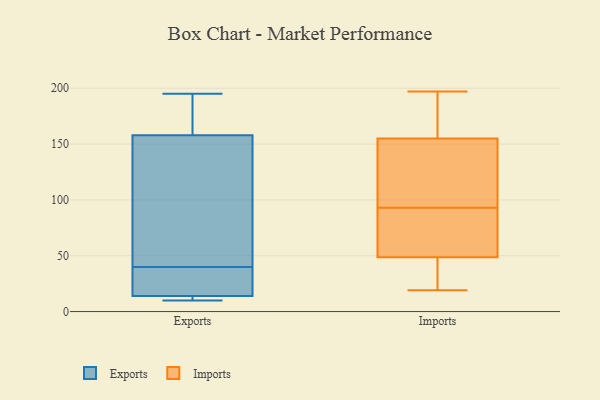
{"axis": {"x": "Bounce Rate (%)", "y": "Value"}, "legend": ["Exports", "Imports"], "data": [{"x": "", "y": 195, "type": "Exports"}, {"x": "", "y": 10, "type": "Exports"}, {"x": "", "y": 149, "type": "Exports"}, {"x": "", "y": 151, "type": "Exports"}, {"x": "", "y": 42, "type": "Exports"}, {"x": "", "y": 12, "type": "Exports"}, {"x": "", "y": 190, "type": "Exports"}, {"x": "", "y": 38, "type": "Exports"}, {"x": "", "y": 30, "type": "Exports"}, {"x": "", "y": 158, "type": "Exports"}, {"x": "", "y": 14, "type": "Exports"}, {"x": "", "y": 166, "type": "Exports"}, {"x": "", "y": 10, "type": "Exports"}, {"x": "", "y": 24, "type": "Exports"}, {"x": "", "y": 157, "type": "Imports"}, {"x": "", "y": 60, "type": "Imports"}, {"x": "", "y": 93, "type": "Imports"}, {"x": "", "y": 21, "type": "Imports"}, {"x": "", "y": 173, "type": "Imports"}, {"x": "", "y": 176, "type": "Imports"}, {"x": "", "y": 20, "type": "Imports"}, {"x": "", "y": 24, "type": "Imports"}, {"x": "", "y": 143, "type": "Imports"}, {"x": "", "y": 156, "type": "Imports"}, {"x": "", "y": 70, "type": "Imports"}, {"x": "", "y": 197, "type": "Imports"}, {"x": "", "y": 45, "type": "Imports"}, {"x": "", "y": 19, "type": "Imports"}, {"x": "", "y": 91, "type": "Imports"}, {"x": "", "y": 152, "type": "Imports"}, {"x": "", "y": 101, "type": "Imports"}, {"x": "", "y": 62, "type": "Imports"}, {"x": "", "y": 94, "type": "Imports"}]}